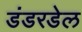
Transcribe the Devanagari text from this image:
डंडरडेल